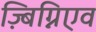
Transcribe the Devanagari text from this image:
ज़्बिग्निएव